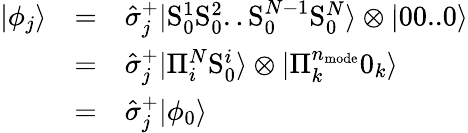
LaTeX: \begin{array}{ccl}{|\phi_{j}\rangle}&{=}&{\hat{\sigma}_{j}^{+}|\mathrm{S}_{0}^{1}\mathrm{S}_{0}^{2}..\mathrm{S}_{0}^{N-1}\mathrm{S}_{0}^{N}\rangle\otimes|00..0\rangle}\\ &{=}&{\hat{\sigma}_{j}^{+}|\Pi_{i}^{N}\mathrm{S}_{0}^{i}\rangle\otimes|\Pi_{k}^{n_{\mathrm{mode}}}0_{k}\rangle}\\ &{=}&{\hat{\sigma}_{j}^{+}|\phi_{0}\rangle}\end{array}